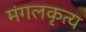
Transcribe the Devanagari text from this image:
मंगलकृत्य